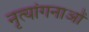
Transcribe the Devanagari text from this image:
नृत्‍यांगनाओं